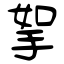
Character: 挐